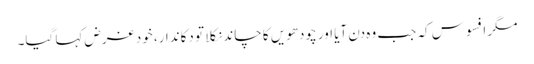
مگر افسوس کہ جب وہ دن آیا اور چودھویں کا چاند نکلا تو دکاندار، خود غرض کہا گیا۔